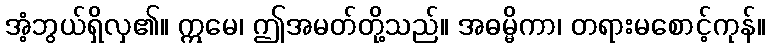
အံ့ဘွယ်ရှိလှ၏။ ဣမေ၊ ဤအမတ်တို့သည်။ အဓမ္မိကာ၊ တရားမစောင့်ကုန်။